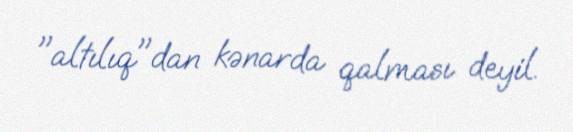
"altılıq"dan kənarda qalması deyil.